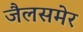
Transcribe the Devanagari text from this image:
जैलसमेर